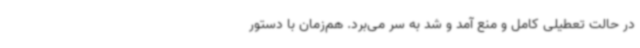
در حالت تعطیلی کامل و منع آمد ‌و شد به سر می‌برد. هم‌زمان با دستور